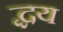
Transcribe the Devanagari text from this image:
द्धय